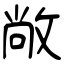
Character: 敞